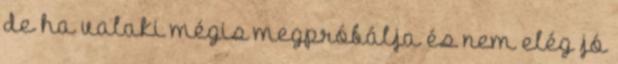
de ha valaki mégis megpróbálja és nem elég jó